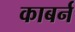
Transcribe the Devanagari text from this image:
काबर्न